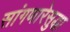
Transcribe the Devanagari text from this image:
सांगणारेसुद्धा